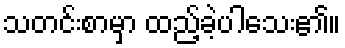
သတင်းစာမှာ ထည့်ခဲ့ပါသေး၏။